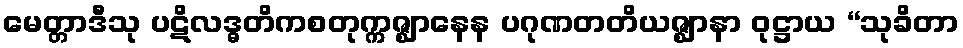
မေတ္တာဒီသု ပဋိလဒ္ဓတိကစတုက္ကဇ္ဈာနေန ပဂုဏတတိယဇ္ဈာနာ ဝုဋ္ဌာယ “သုခိတာ